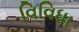
વિવિધા